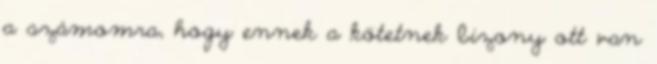
a számomra, hogy ennek a kötetnek bizony ott van